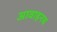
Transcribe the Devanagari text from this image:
आवाहनच